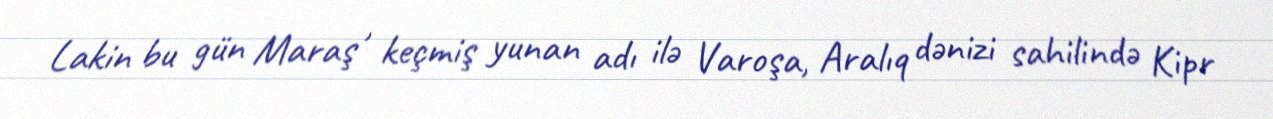
Lakin bu gün Maraş , keçmiş yunan adı ilə Varoşa, Aralıq dənizi sahilində Kipr